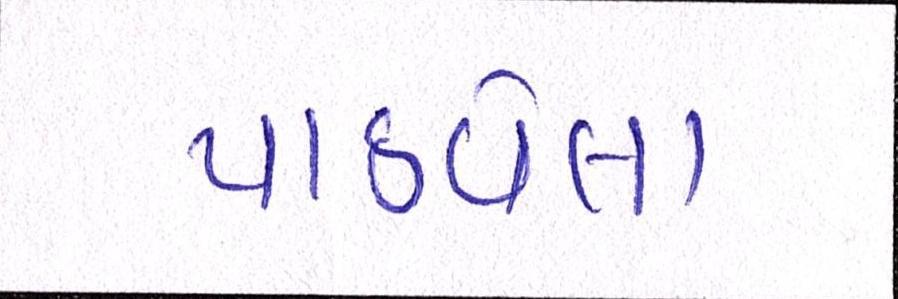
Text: પાઠવેલા